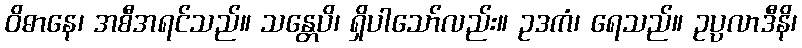
ဝိဓာနေ၊ အစီအရင်သည်။ သန္တေပိ၊ ရှိပါသော်လည်း။ ဥဒကံ၊ ရေသည်။ ဥပ္ပလာဒီနိ၊